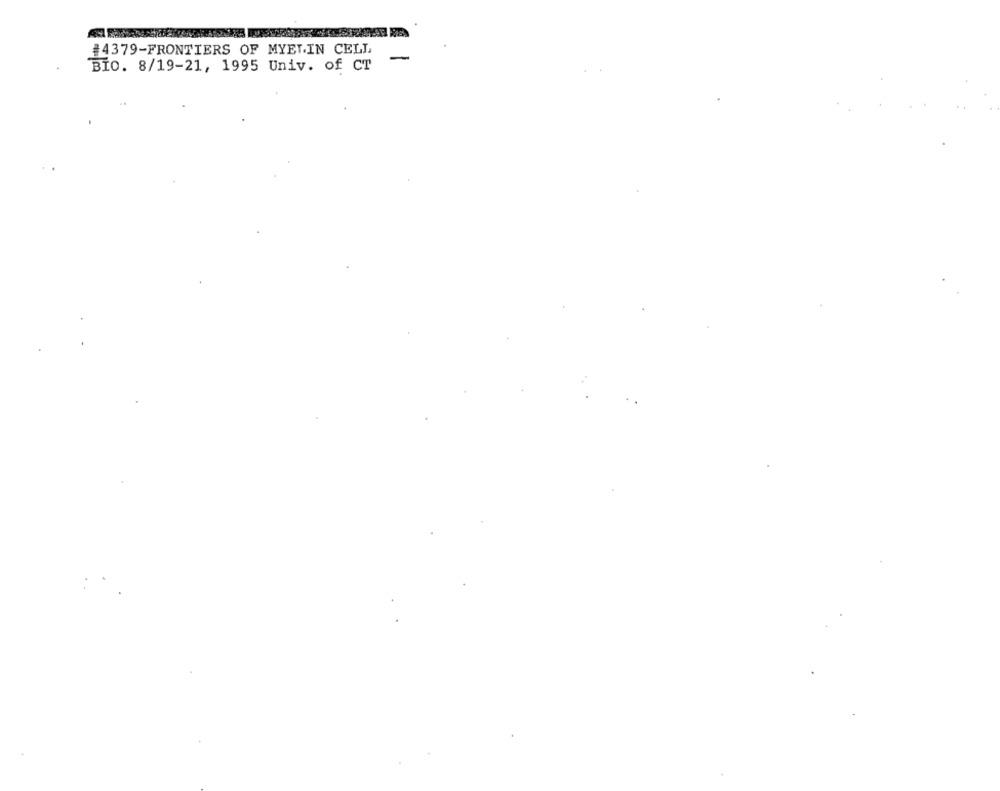
#4379-FRONTIERS OF MYELIN CELL
BIO. 8/19-21, 1995 Univ. of CT